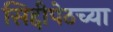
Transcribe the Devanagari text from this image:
सिद्दीपेठच्या